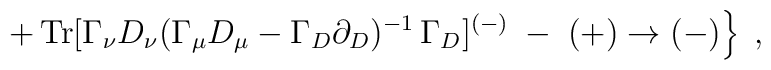
\left. +\, {\rm Tr} [\Gamma_\nu D_\nu (\Gamma_\mu D_\mu - \Gamma_D \partial_D)^{-1} \, \Gamma_D ]^{(-)} \;-\; (+) \to (-) \right\}\;,